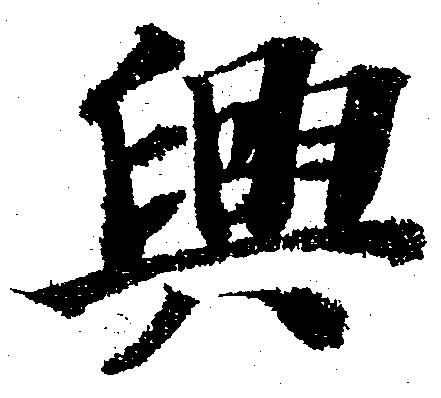
興